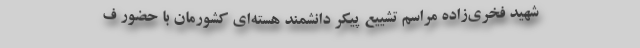
شهید فخری‌زاده مراسم تشییع پیکر دانشمند هسته‌ای کشورمان با حضور ف